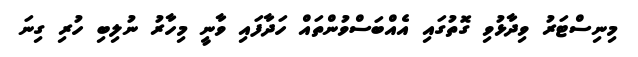
މިނިސްޓަރު ވިދާޅުވި ގޮތުގައި އެއްބަސްވުންތައް ހަދާފައި ވާނީ މިހާރު ނުލިބި ހުރި ގިނަ